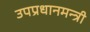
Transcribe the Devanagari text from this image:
उपप्रधानमन्त्री